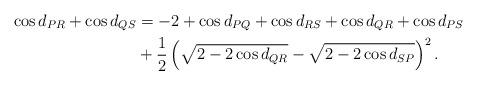
LaTeX: \begin{align*}\cos d_{PR} + \cos d_{QS} &= - 2 + \cos d_{PQ} + \cos d_{RS} + \cos d_{QR} + \cos d_{PS}\\&+\frac{1}{2} \left(\sqrt{2-2\cos d_{QR}} - \sqrt{2-2\cos d_{SP}} \right)^2.\end{align*}